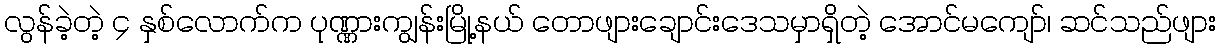
လွန်ခဲ့တဲ့ ၄ နှစ်လောက်က ပုဏ္ဏားကျွန်းမြို့နယ် တောဖျားချောင်းဒေသမှာရှိတဲ့ အောင်မကျော်၊ ဆင်သည်ဖျား